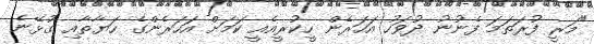
"މަރީ ފުރަތަމަ ފެނުނު ދުވަހު އަހަރެން ހީކުރީއެއީ ކަމަށް އަހަރެންގެ ހަޔާތާއި ގުޅޭނެ